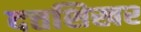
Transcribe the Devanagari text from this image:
दत्तशिखर